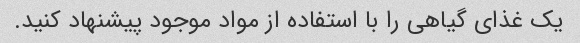
یک غذای گیاهی را با استفاده از مواد موجود پیشنهاد کنید.